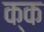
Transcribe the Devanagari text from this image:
क्क